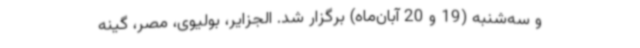
و سه‌شنبه (19 و 20 آبان‌ماه) برگزار شد. الجزایر، بولیوی، مصر، گینه